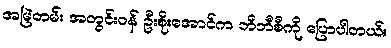
အမြဲတမ်း အတွင်းဝန် ဦးစိုးအောင်က ဘီဘီစီကို ပြောပါတယ်။